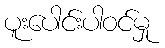
ပူးပေါင်းပါဝင်မှု